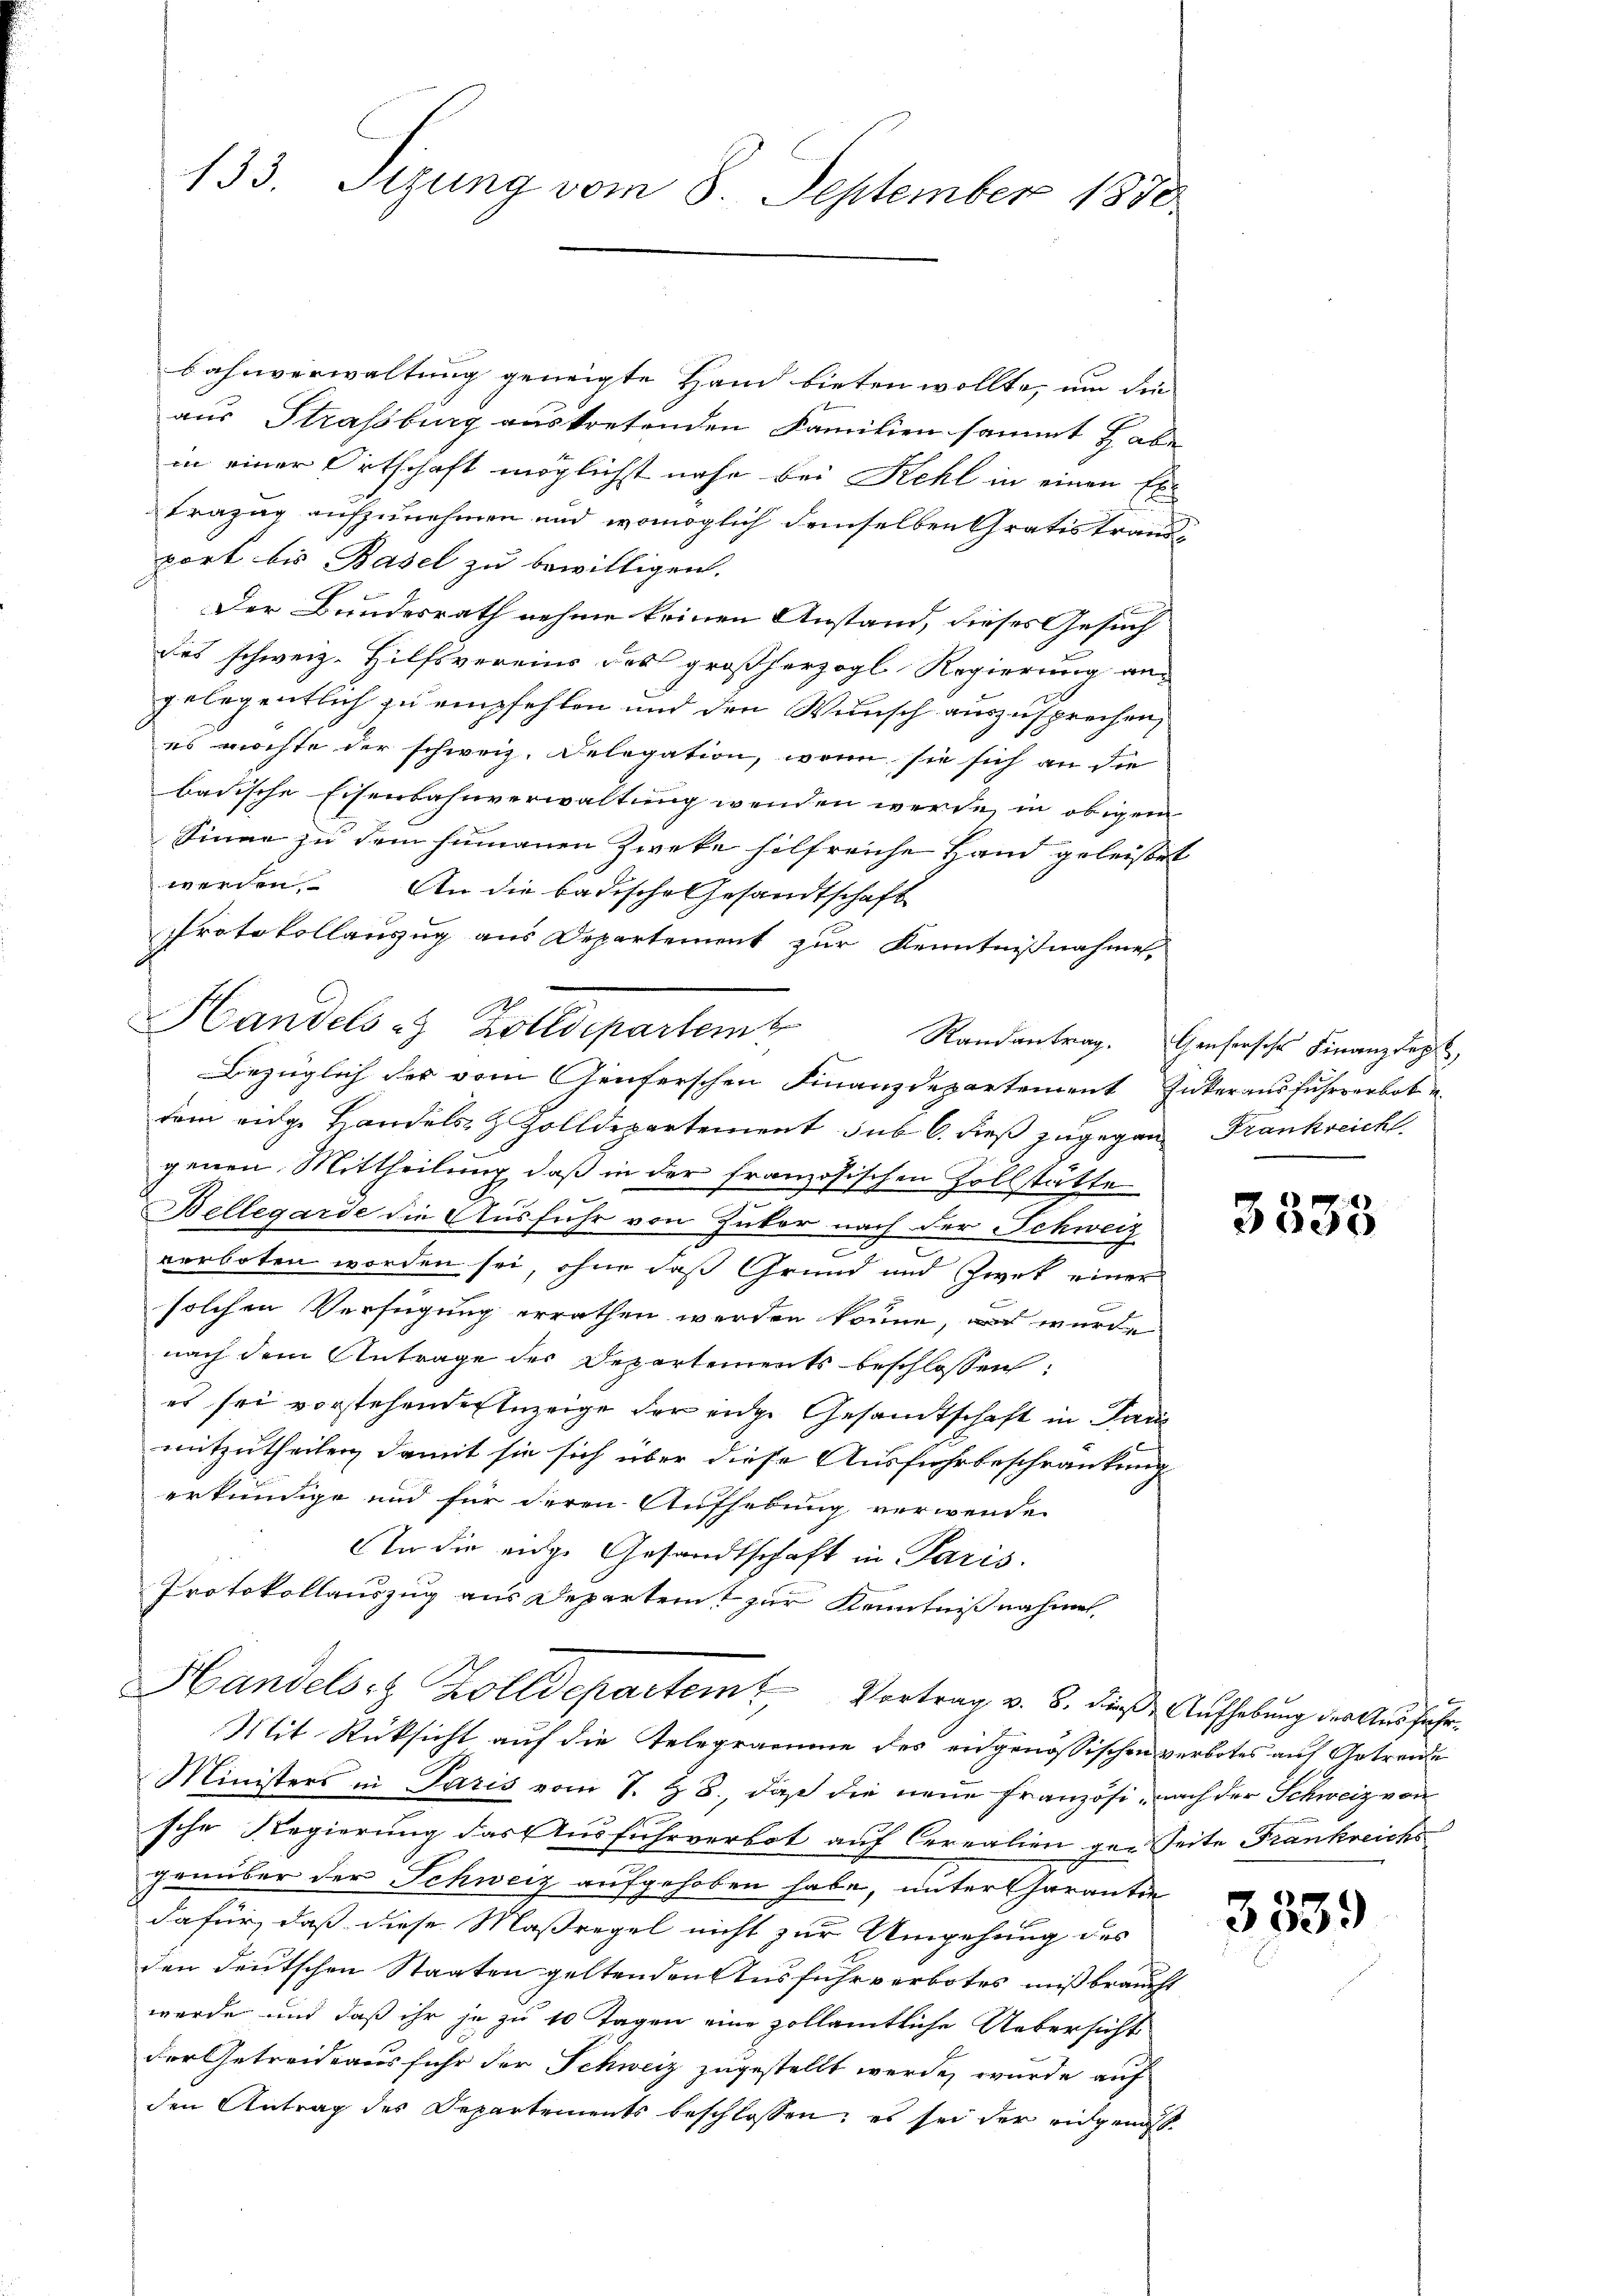
133. Sizung vom 8. September 1890

bahnverwaltung geneigte Hand bieten wollte, um die
aus Strassburg austretenden Familien sammt habe
in einer Ortschaft möglichst nahe bei Kehl in einen Eli
Frazug aufzunehmen und womöglich demselben Gratistrandport bis Basel zu bewilligen.
Der Bundesrath nehme keinen Anstand, dieses Gesuch
des schweiz. Hilfsvereins des großherzogl. Regierung an
2
gelegentlich zu empfehlen und den Wunsch auszusprechen,
es möchte der schweiz. Delegation, wenn sie sich an die
badische Eisenbahnverwaltung wenden werde, in obigem
Sinne zu dem humanen Zwecke hilfreiche Hand geleistet
werden. An die badische Gesandtschaft
Protokollanzug aus Departement zur Kenntnißnahme
Bezüglich der vom Aeuferschen Finanzdepartement Inkeraus fuhrverbot u
dem eidge Handels- & Zolldepartement sub 6. dieß zugegen Frankreicht
genen Mittheilung, daß in der französischen Zollstätte
Bellegarde die Ausfuhr von Zuker nach der Schweiz
verboten worden sei, ohne daß Grund und Zwek einer
solchen Verfügung errathen werden könne, wurde
nach dem Antrage der Departements beschlossen,
er sei vorstehenden Anzeige der eige Gesandtschaft in Pari
mitzutheilen, damit sie sich über diese Ausfuhrbeschränkung
erkundige und für deren Aufhebung verwenden
An die eige Gesandtschaft in Paris.
Protokollauszug aus Departent zur Kenntnißnahmen,
Handelsr. Zolldepartern Vortrag v. B. dieß. Aufhebung der Ausführ¬
Mit Rücksicht auf die Telegramme des eidgenössischen verbotes auf Getreue
Ministers in Paris vom S. z. B., daß die neue Französi, nach der Schweiz von
sche Regierung das Ausfuhrverbot auf Cerealien ge-Zeite Frankreichs
genüber der Schweiz aufgehoben habe, unter Charantiedafür, daß diese Maßregel nicht zur Umgehung des
den deutschen Staaten geltenden Ausfuhrverbotes mißbraucht
werde und daß ihr je zu 10 Tagen eine zollamtliche Uebersicht
der Getreideausfuhr der Schweiz zugestellt werde, wurde auf
den Antrag des Departements beschlossen; es sei der eidgenoss

Handels- Zolldepartem Randantrag. Genfersches Finanzkap

3333

3339